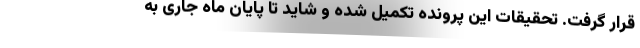
قرار گرفت. تحقیقات این پرونده تکمیل شده و شاید تا پایان ماه جاری به